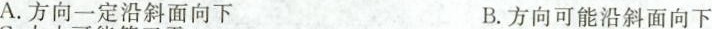
A.方向一定沿斜面向下 B.方向可能沿斜面向下